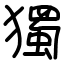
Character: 獨